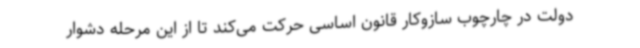
دولت در چارچوب سازوکار قانون اساسی حرکت می‌کند تا از این مرحله دشوار